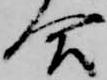
合